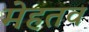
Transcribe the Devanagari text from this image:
मेहतव